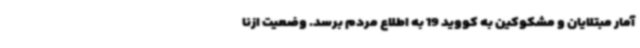
آمار مبتلایان و مشکوکین به کووید 19 به اطلاع مردم برسد. وضعیت ازنا